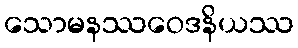
သောမနဿဝေဒနိယဿ